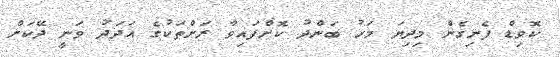
ކޮވިޑް ފެނިގެން މިދިޔަ މަހު ބަންދު ކޮށްފައިވާ ރަށްތަކުގެ އަދަދު ވަނީ ދޭކަށް